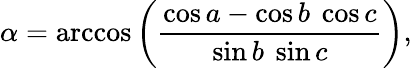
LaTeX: \alpha=\operatorname{arccos}\left({\frac{\cos a-\cos b\ \cos c}{\sin b\ \sin c}}\right),